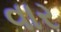
વાર